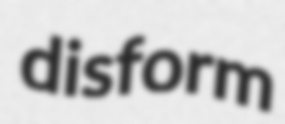
disform